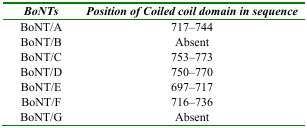
<table><thead><tr><td><b><i>BoNTs</i></b></td><td><b><i>Position of Coiled coil domain in sequence</i></b></td></tr></thead><tbody><tr><td>BoNT/A</td><td>717-744</td></tr><tr><td>BoNT/B</td><td>Absent</td></tr><tr><td>BoNT/C</td><td>753-773</td></tr><tr><td>BoNT/D</td><td>750-770</td></tr><tr><td>BoNT/E</td><td>697-717</td></tr><tr><td>BoNT/F</td><td>716-736</td></tr><tr><td>BoNT/G</td><td>Absent</td></tr></tbody></table>